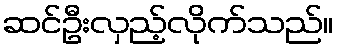
ဆင်ဦးလှည့်လိုက်သည်။